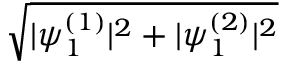
\sqrt { | \psi _ { 1 } ^ { ( 1 ) } | ^ { 2 } + | \psi _ { 1 } ^ { ( 2 ) } | ^ { 2 } }